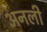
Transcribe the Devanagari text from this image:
अनली